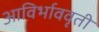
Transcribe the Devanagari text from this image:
आविर्भाववृती